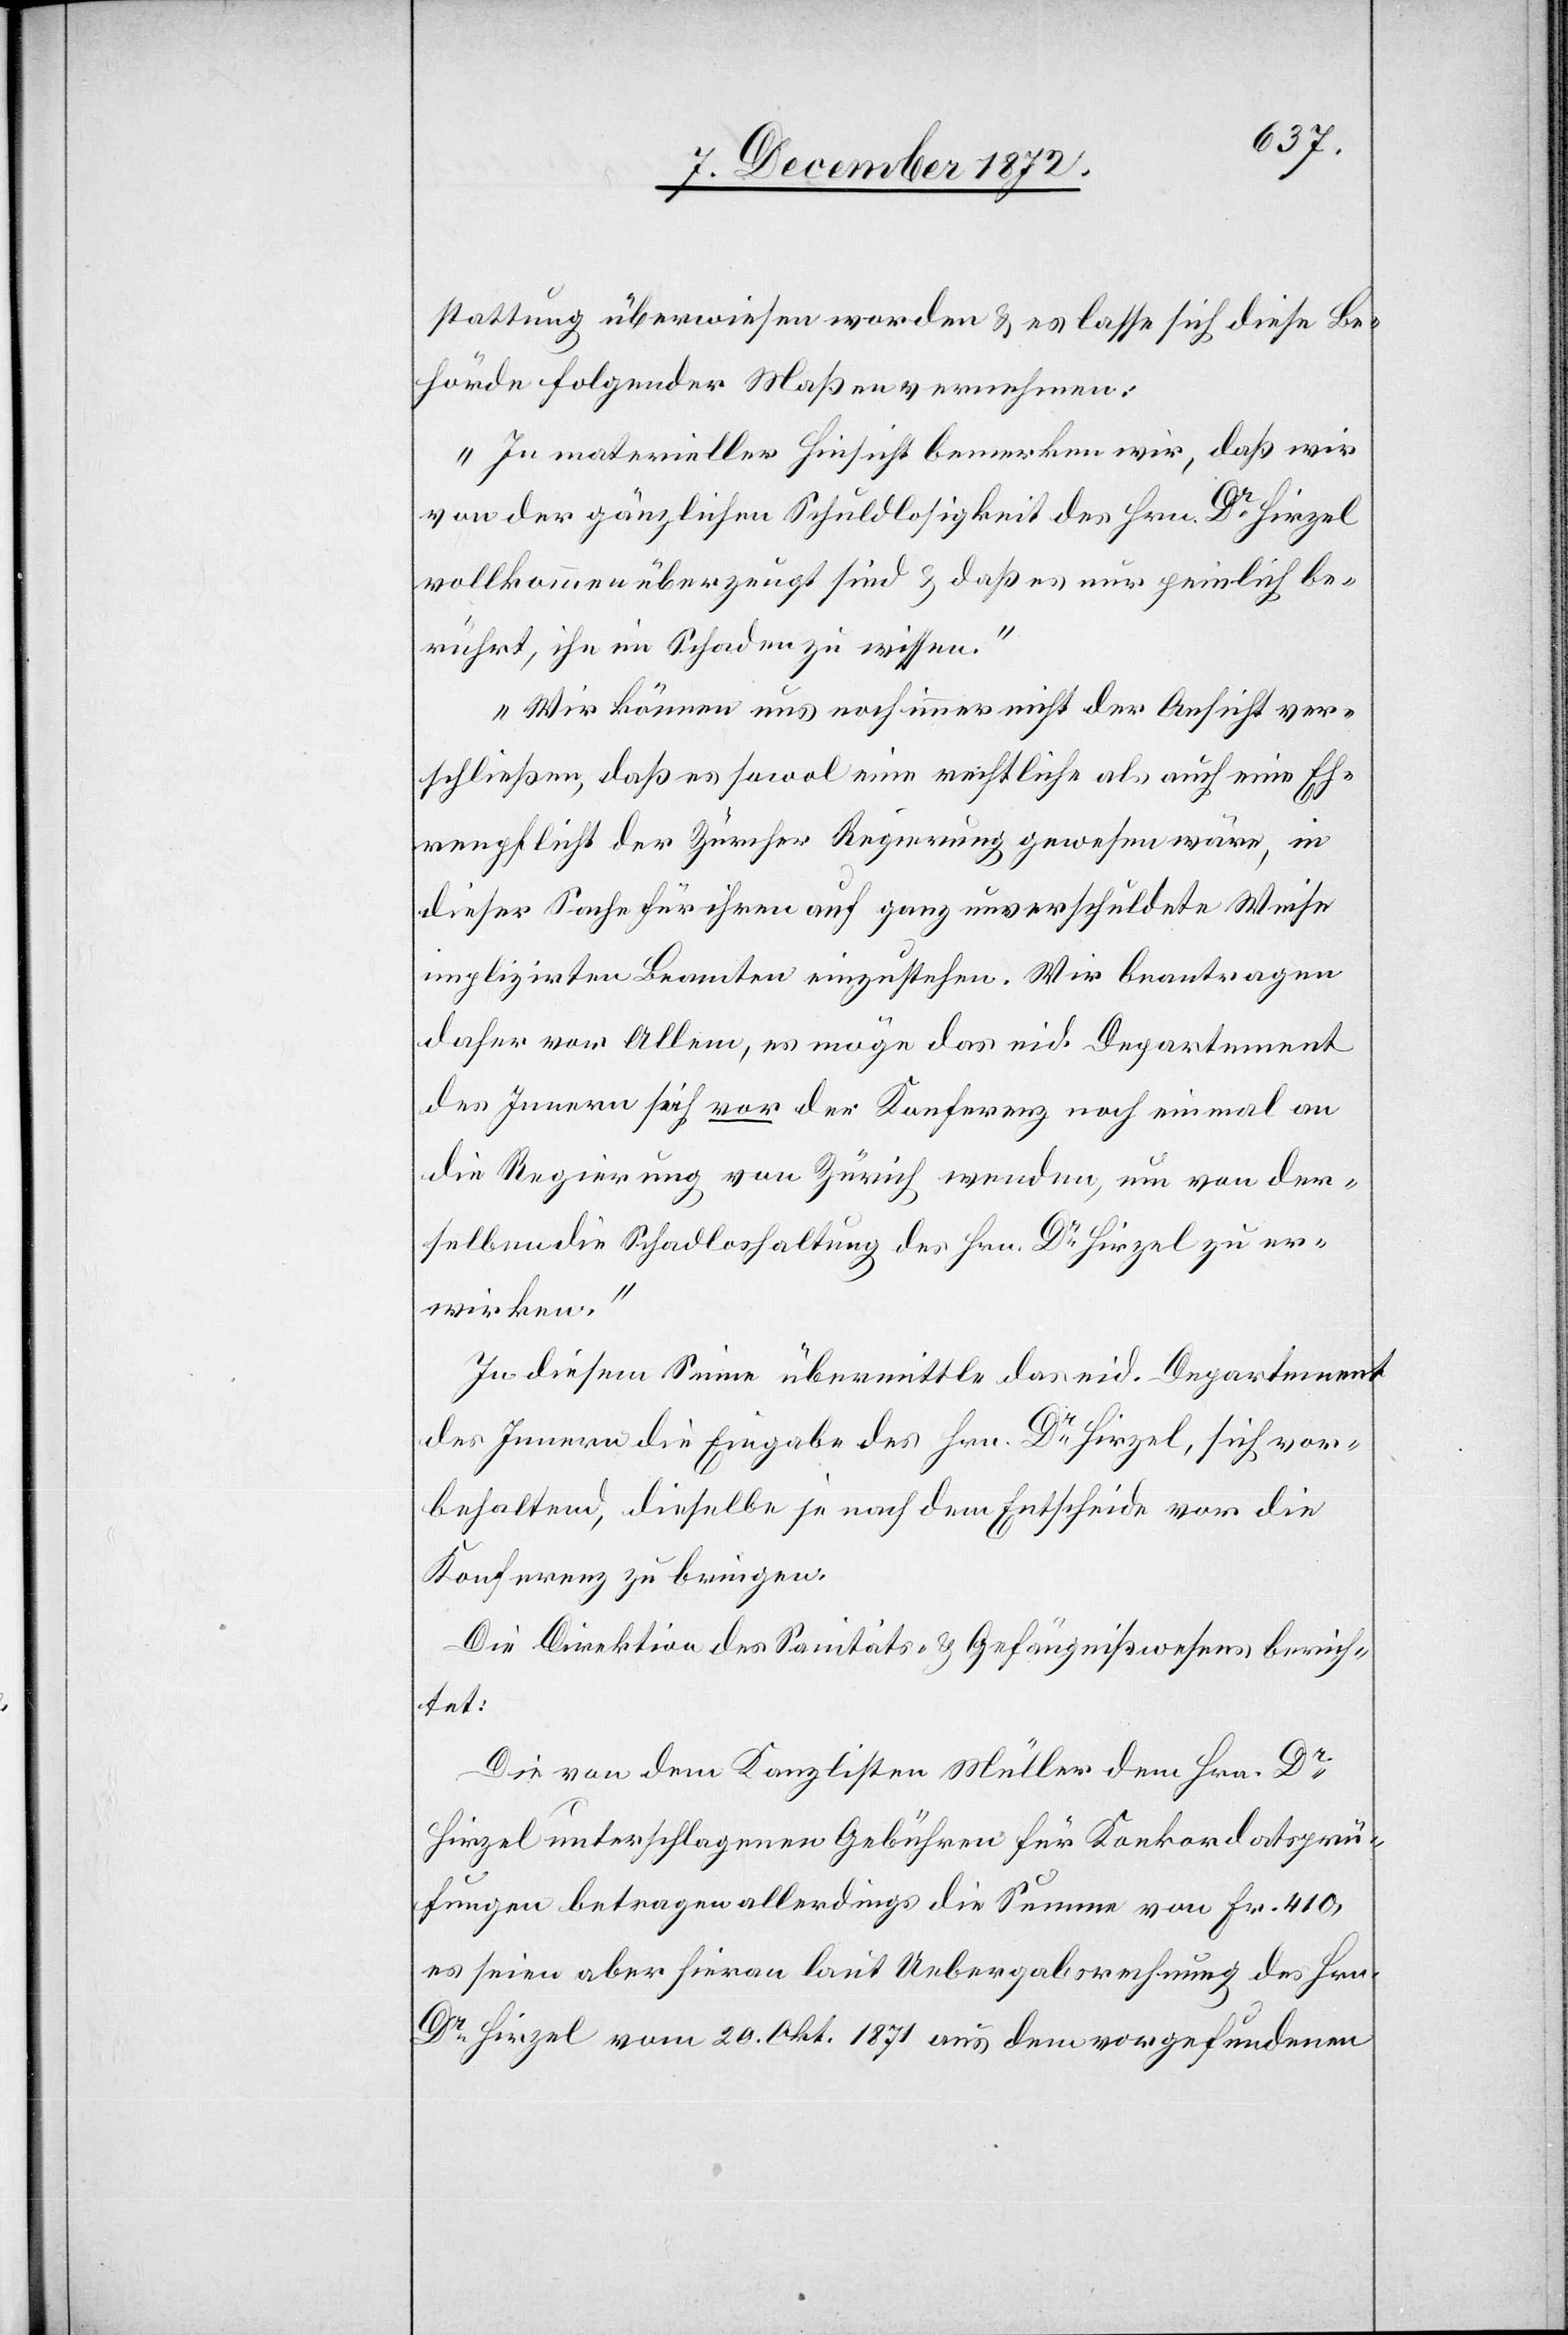
stattung überwiesen worden u. es lasse sich diese Be¬
hörde folgender Maßen vernehmen:
„In materieller Hinsicht bemerken wir, daß wir
von der gänzlichen Schuldlosigkeit des Hrn. Dr Hirzel
vollkommen überzeugt sind u. daß es nur peinlich be¬
rührt, ihn im Schaden zu wissen.“
„Wir können uns noch immer nicht der Ansicht ver¬
schließen, daß es sowol eine rechtliche als auch eine Eh¬
renpflicht der Zürcher Regierung gewesen wäre, in
dieser Sache für ihren auf ganz unverschuldete Weise
implizirten Beamten einzustehen. Wir beantragen
daher vor Allem, es möge das eid. Departement
des Innern sich vor der Konferenz noch einmal an
die Regierung von Zürich wenden, um von der¬
selben die Schadloshaltung des Hrn. Dr Hirzel zu er¬
wirken.“
In diesem Sinne übermittle das eid. Departement
des Innern die Eingabe des Hrn. Dr Hirzel, sich vor¬
behaltend, dieselbe je nach dem Entscheide vor die
Konferenz zu bringen.
Die Direktion des Sanitäts- u. Gefängnißwesens berich¬
tet:
Die von dem Kanzlisten Müller dem Hrn. Dr
Hirzel unterschlagenen Gebühren für Konkordatsprü¬
fungen betragen allerdings die Summe von Fr. 410,
es seien aber hieran laut Uebergabsrechnung des Hrn.
Dr Hirzel vom 20. Okt. 1871 aus dem vorgefundenen